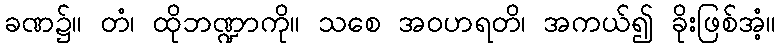
ခဏ၌။ တံ၊ ထိုဘဏ္ဍာကို။ သစေ အဝဟရတိ၊ အကယ်၍ ခိုးဖြစ်အံ့။